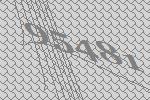
95481